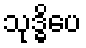
သုဒ္ဓိပေ